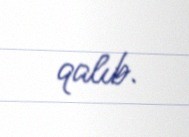
qalıb.